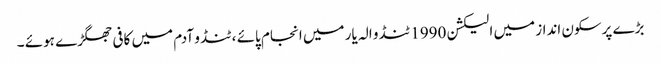
بڑے پرسکون انداز میں الیکشن 1990 ٹنڈو الہ یار میں انجام پائے ، ٹنڈو آدم میں کافی جھگڑے ہوئے ۔